Civil Veterinary Dept. Assam report 1927-50 - 1927-1950
Year: 1927
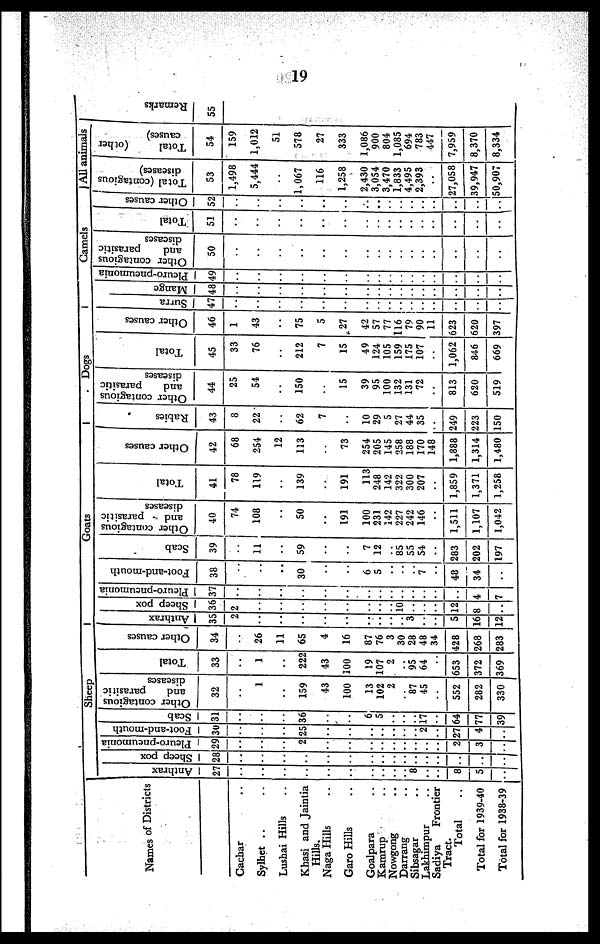
19
Names of Districts
Cachar ..
Sylhet .. ..
Lushai Hills ..
Khasi and Jaintia
Hills.
Naga Hills ..
Garo Hills ..
Goalpara ..
Kamrup ..
Nowgong ..
Derrang ..
Sibsagar ..
Sadiya
Frontier
Tract.
Total ..
Total for 1939-40
Total for 1938-39
Sheep
Anthrax
27
..
..
..
..
..
..
..
..
..
8
..
..
8
5
..
Sheep pox
28
..
..
..
..
..
..
..
..
..
..
..
..
.. ..
..
..
Pleuro-pneumonia
29
..
..
..
2
..
..
..
..
..
..
..
..
.. 2
3
..
Foot-and-mouth
30
..
..
..
25
..
..
..
..
..
..
..
2
..
27
4
..
Scab
31
..
..
..
36
..
..
6
5
..
..
..
17
..
64
77
39
Other contagious
and
parasitic
diseases
32
..
1
..
159
43
100
13
102
2
..
..
87
45
..
552
282
330
Total
33
..
1
..
222
43
100
19
107
2
..
..
95
64
..
653
372
369
Other causes
34
..
26
11
65
4
16
87
76
3
30
28
48
34
428
268
283
Goats
Anthrax
35
2
..
..
..
..
..
..
..
.. ..
3
..
..
5
16
12
Sheep pox
36
2
..
..
..
..
..
..
..
.. 10
..
..
..
12
8
Pleuro-pneumonia
37
..
..
..
..
..
..
..
..
.. ..
..
..
..
..
4
7
Foot-and-mouth
38
..
..
..
30
..
..
6
5
..
..
..
7
..
48
34
..
Scab
39
..
11
..
59
..
..
7
12
..
85
55
54
..
283
202
197
Other contagious
and
parasitic
diseases
40
74
108
..
50
..
191
100
231
142
227
242
146
..
1,511
1,107
1,042
Total
41
78
119
..
139
..
191
113
248
142
322
300
207
..
1,859
1,371
1,258
Other causes
42
68
254
12
113
..
73
254
205
145
258
188
170
148
1,888
1,314
1,480
Dogs
Rabies
43
8
22
..
62
7
..
10
29
5
27
44
35
..
249
223
150
Other contagious
and
parasitic
diseases
44
25
54
..
150
..
15
39
95
100
132
131
72
..
813
620
519
Total
45
33
76
..
212
7
15
49
124
105
159
175
107
..
1,062
846
669
Other causes
46
1
43
..
75
5
27
42
57
77
116
79
90
11
623
620
397
Camels
Surra
47
..
..
..
..
..
..
..
..
.. ..
..
..
..
..
..
..
Mange
48
..
..
..
..
..
..
..
..
.. ..
..
..
..
..
..
..
Pleuro-pneumonia
49
..
..
..
..
..
..
..
..
.. ..
..
..
..
..
..
..
Other contagious
and
parasitic
diseases
50
..
..
..
..
..
..
..
..
.. ..
..
..
..
..
..
..
Total
51
..
..
..
..
..
..
..
..
.. ..
..
..
..
..
..
..
Other causes
52
..
..
..
..
..
..
..
..
.. ..
..
..
..
..
..
..
All animals
Total (contagious
diseases)
53
1,498
5,444
..
1,067
116
1,258
2,430
3,054
3,470
1,833
4,495
2,393
..
27,058
39,947
50,907
Total
(other
causes)
54
159
1,012
51
578
27
333
1,086
900
804
1,085
694
783
447
7,959
8,370
8,334
Re ma r
ks
55